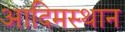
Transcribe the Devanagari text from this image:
आदिमस्थान